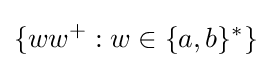
\{ww^{+}:w\in \{a,b\}^{*}\}